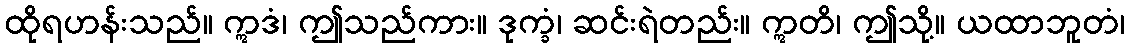
ထိုရဟန်းသည်။ ဣဒံ၊ ဤသည်ကား။ ဒုက္ခံ၊ ဆင်းရဲတည်း။ ဣတိ၊ ဤသို့။ ယထာဘူတံ၊